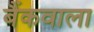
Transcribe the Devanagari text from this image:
बैंकवाला